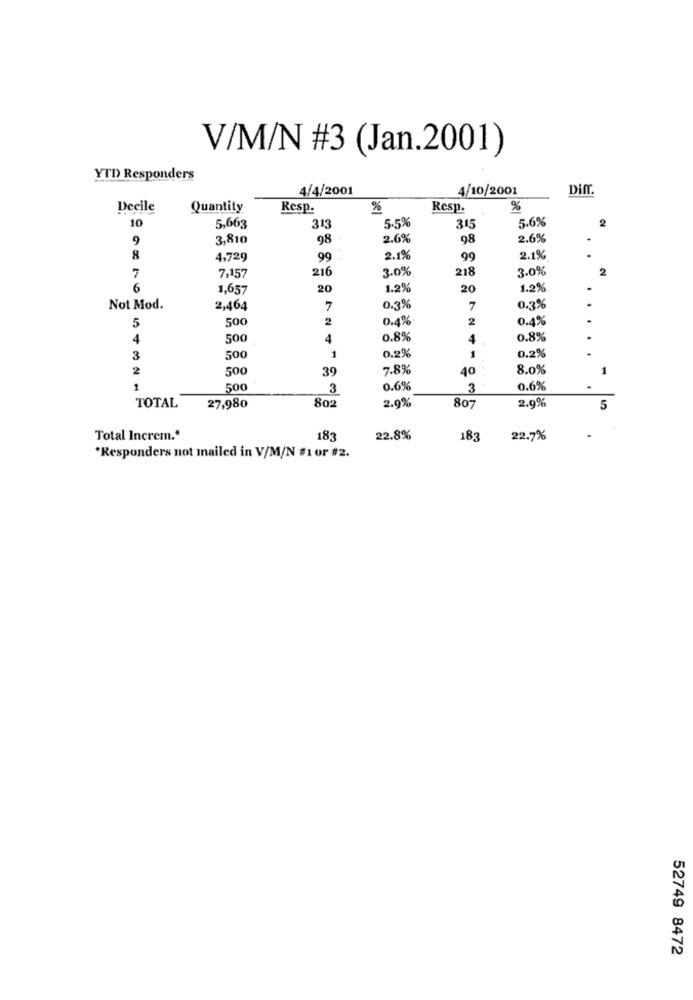
V/M/N #3 (Jan.2001)
YTD Responders
4/4/2001
4/10/2001
Diff.
Decile
Quantity
Resp.
%
Resp.
%
10
5.6%
2
5,663
313
5.5%
345
9
3,810
98
2.6%
98
2.6%
8
4,729
99
2.1%
99
2.1%
7,157
216
3.0%
218
3.0%
2
7
6
1,657
20
1.2%
20
1.2%
Not Mod.
2,464
7
0.3%
7
0.3%
500
2
0.4%
2
0.4%
.
5
4
500
4
0.8%
4
0.8%
.
0.2%
.
3
500
1
0.2%
1
2
500
39
7.8%
40
8.0%
1
1
500
3
0.6%
3
0.6%
802
2.9%
TOTAL
27,980
2.9%
80
5
Total Increm."
183
22.8%
183
22.7%
*Responders not mailed in V/M/N #1 or #2.
52749 8472